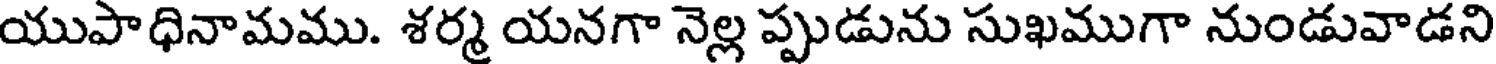
యుపాధినామము. శర్మ యనగా నెల్ల ప్పుడును సుఖముగా నుండువాడని